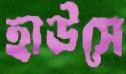
হাউসে